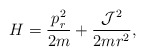
\begin{align*}H=\frac{p_r^2}{2m}+\frac{{\cal J}^2}{2mr^2},\end{align*}